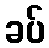
ခပ်